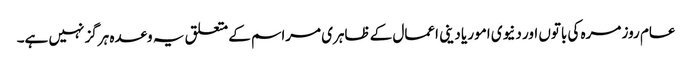
عام روز مرہ کی باتوں اور دنیوی امور یا دینی اعمال کے ظاہری مراسم کے متعلق یہ وعدہ ہرگز نہیں ہے۔